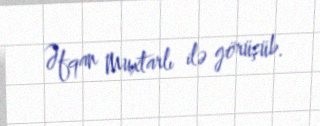
Əfqan Muxtarlı ilə görüşüb.